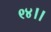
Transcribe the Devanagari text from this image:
९४।।